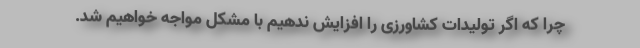
چرا که اگر تولیدات کشاورزی را افزایش ندهیم با مشکل مواجه خواهیم شد.